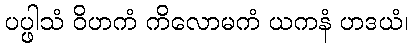
ပပ္ဖါသံ ဝိဟကံ ကိလောမကံ ယကနံ ဟဒယံ၊